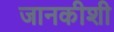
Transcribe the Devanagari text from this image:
जानकीशी